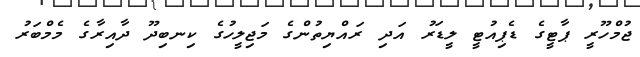
ޖުމްހޫރީ ޕާޓީގެ ޑެޕިއުޓީ ލީޑަރު އަދި ރައްޔިތުންގެ މަޖިލީހުގެ ކިނބިދޫ ދާއިރާގެ މެމްބަރު